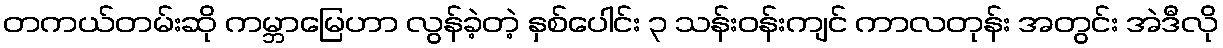
တကယ်တမ်းဆို ကမ္ဘာမြေဟာ လွန်ခဲ့တဲ့ နှစ်ပေါင်း ၃ သန်းဝန်းကျင် ကာလတုန်း အတွင်း အဲဒီလို